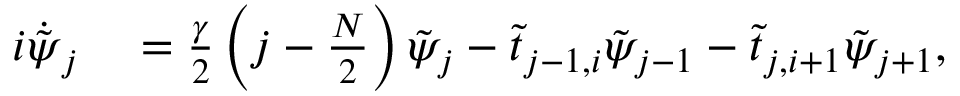
\begin{array} { r l } { i \dot { \tilde { \psi } } _ { j } } & { { } = \frac { \gamma } { 2 } \left( j - \frac { N } { 2 } \right) \tilde { \psi } _ { j } - \tilde { t } _ { j - 1 , i } \tilde { \psi } _ { j - 1 } - \tilde { t } _ { j , i + 1 } \tilde { \psi } _ { j + 1 } , } \end{array}